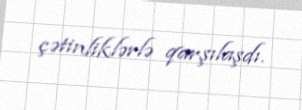
çətinliklərlə qarşılaşdı.